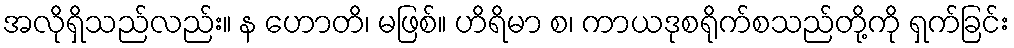
အလိုရှိသည်လည်း။ န ဟောတိ၊ မဖြစ်။ ဟိရိမာ စ၊ ကာယဒုစရိုက်စသည်တို့ကို ရှက်ခြင်း